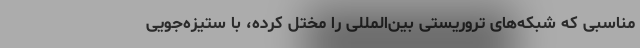
مناسبی که شبکه‌های تروریستی بین‌المللی را مختل کرده، با ستیزه‌جویی